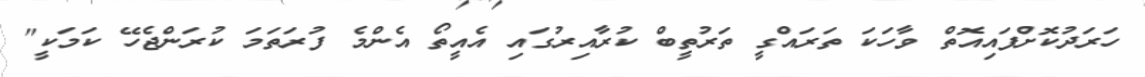
ހަރަދުކޮށްފައިއޮތް ވާހަކަ ތަރައްގީ ތަރުތީބް ކުރާއިރުގައި އެއީތޯ އެންމެ ފުރަތަމަ ކުރަންޖެހޭ ކަމަކީ"